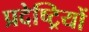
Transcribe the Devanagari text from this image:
प्रदेष्ट्रियों